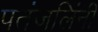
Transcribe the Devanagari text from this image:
पतंजलिंनी